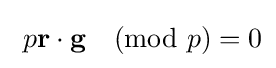
\ p{\textbf {r}}\cdot {\textbf {g}}{\pmod {p}}=0